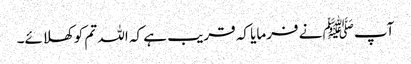
آپﷺ نے فرمایا کہ قریب ہے کہ اللہ تم کو کھلائے۔